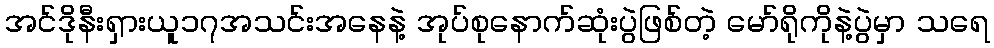
အင်ဒိုနီးရှားယူ၁၇အသင်းအနေနဲ့ အုပ်စုနောက်ဆုံးပွဲဖြစ်တဲ့ မော်ရိုကိုနဲ့ပွဲမှာ သရေ